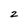
Character: 2